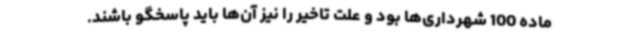
ماده 100 شهرداری‌ها بود و علت تاخیر را نیز آن‌ها باید پاسخگو باشند.